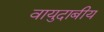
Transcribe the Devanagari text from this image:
वायुदाबीय